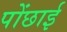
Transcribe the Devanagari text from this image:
पोंछाई